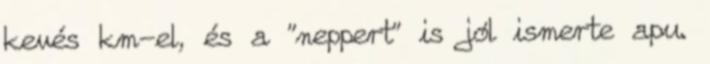
kevés km-el, és a "neppert" is jól ismerte apu.